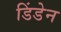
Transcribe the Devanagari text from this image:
डिंडेन